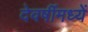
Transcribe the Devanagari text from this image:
देवर्षीमध्यें